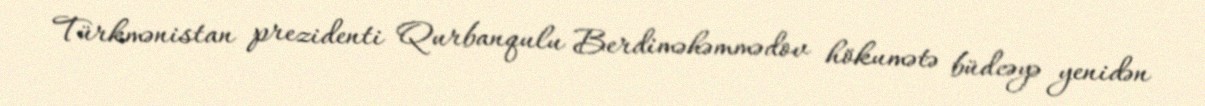
Türkmənistan prezidenti Qurbanqulu Berdiməhəmmədov hökumətə büdcəyə yenidən